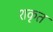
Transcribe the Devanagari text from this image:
शकृत